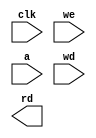
// External memories used by MIPS single-cycle processor

// Todo: Implement data memory
module dmem(input          clk, we,
            input   [31:0] a, wd,
            output  [31:0] rd);

// **PUT YOUR CODE HERE**
            
endmodule


// Instruction memory (already implemented)
module imem(input   [5:0]  a,
            output  [31:0] rd);

  reg [31:0] RAM[63:0];

  initial
    begin
      $readmemh("memfile.dat",RAM); // initialize memory with test program. Change this with memfile2.dat for the modified code
    end

  assign rd = RAM[a]; // word aligned
endmodule